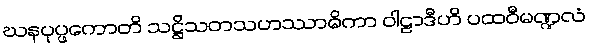
ဃနပုပ္ဖကောတိ သဋ္ဌိသတသဟဿာဓိကာ ဝါဠာဒီဟိ ပထဝီမဏ္ဍလံ